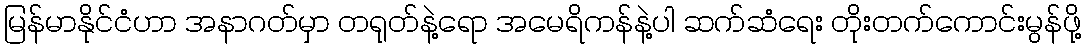
မြန်မာနိုင်ငံဟာ အနာဂတ်မှာ တရုတ်နဲ့ရော အမေရိကန်နဲ့ပါ ဆက်ဆံရေး တိုးတက်ကောင်းမွန်ဖို့